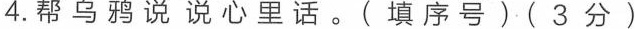
4. 帮乌鸦说说心里话。(填序号)(3分)